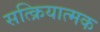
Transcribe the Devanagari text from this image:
सत्क्रियात्मक